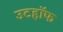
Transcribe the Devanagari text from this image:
उटहॉफ